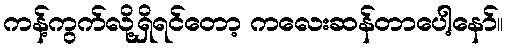
ကန့်ကွက်လို့ရှိရင်တော့ ကလေးဆန်တာပေါ့နော်။